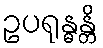
ဥပရုန္ဓန္တိ